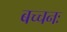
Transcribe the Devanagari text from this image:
बच्चनः